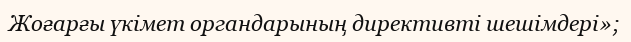
Жоғарғы үкімет органдарының директивті шешімдері»;